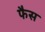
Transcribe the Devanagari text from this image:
फैस